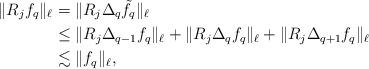
LaTeX: \begin{align*}\|R_j f_q\|_\ell &= \|R_j \Delta_q \tilde{f}_q\|_\ell\\& \leq \|R_j \Delta_{q-1} f_q\|_\ell+\|R_j \Delta_q f_q\|_\ell+\|R_j \Delta_{q+1} f_q\|_\ell\\& \lesssim\|f_q\|_\ell,\end{align*}